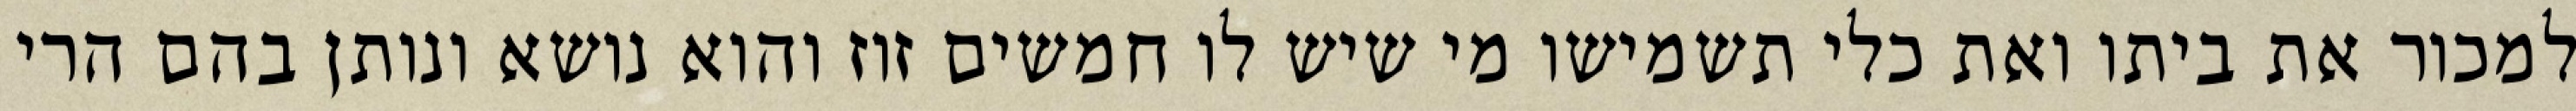
למכור את ביתו ואת כלי תשמישו מי שיש לו חמשים זוז והוא נושא ונותן בהם הרי